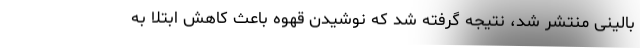
بالینی منتشر شد، نتیجه گرفته شد که نوشیدن قهوه باعث کاهش ابتلا به